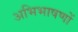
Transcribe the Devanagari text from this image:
अभिभाषणों